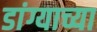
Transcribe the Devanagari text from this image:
डांग्याच्या